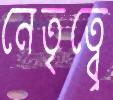
নেতৃত্ব্বে